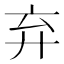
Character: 弃